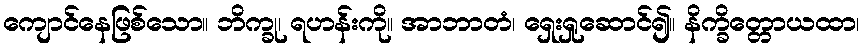
ကျောင်နေဖြစ်သော။ ဘိက္ခု၊ ရဟန်းကို။ အာဘာတံ၊ ရှေးရှုဆောင်၍။ နိက္ခိတ္တောယထာ၊